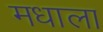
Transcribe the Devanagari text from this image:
मधाला